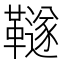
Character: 𩍚